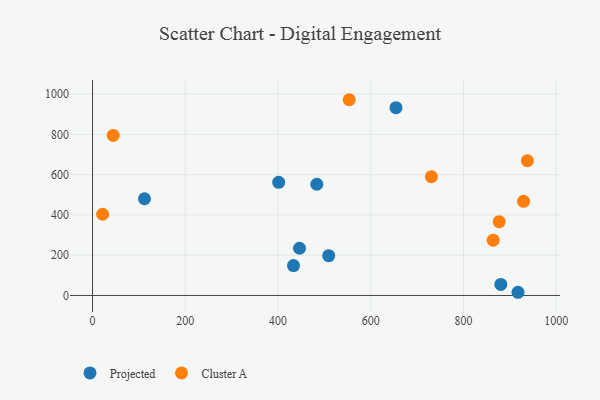
{"axis": {"x": "Distance", "y": "Fuel Efficiency"}, "legend": ["Cluster A", "Projected"], "data": [{"x": "401.5", "y": 562.1, "type": "Projected"}, {"x": "446.4", "y": 234.5, "type": "Projected"}, {"x": "483.7", "y": 552.5, "type": "Projected"}, {"x": "917.7", "y": 15.9, "type": "Projected"}, {"x": "112.1", "y": 480.6, "type": "Projected"}, {"x": "433.5", "y": 148.3, "type": "Projected"}, {"x": "654.5", "y": 933.0, "type": "Projected"}, {"x": "880.6", "y": 55.0, "type": "Projected"}, {"x": "509.4", "y": 197.7, "type": "Projected"}, {"x": "877.1", "y": 366.7, "type": "Cluster A"}, {"x": "730.8", "y": 590.3, "type": "Cluster A"}, {"x": "553.6", "y": 972.4, "type": "Cluster A"}, {"x": "864.1", "y": 274.7, "type": "Cluster A"}, {"x": "937.9", "y": 669.6, "type": "Cluster A"}, {"x": "929.7", "y": 467.9, "type": "Cluster A"}, {"x": "21.8", "y": 403.6, "type": "Cluster A"}, {"x": "44.6", "y": 795.2, "type": "Cluster A"}]}